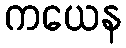
ကယေန